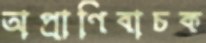
অপ্রাণিবাচক